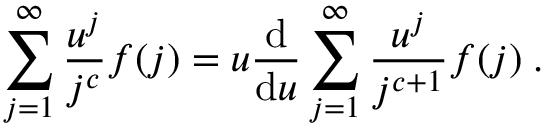
\sum _ { j = 1 } ^ { \infty } \frac { u ^ { j } } { j ^ { c } } f ( j ) = u \frac { \mathrm { d } } { \mathrm { d } u } \sum _ { j = 1 } ^ { \infty } \frac { u ^ { j } } { j ^ { c + 1 } } f ( j ) \; .